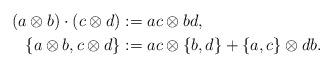
LaTeX: \begin{align*}(a\otimes b)\cdot(c\otimes d)&:=ac\otimes bd,\\\{a\otimes b, c\otimes d\}&:=ac\otimes \{b, d\}+\{a, c\}\otimes db.\end{align*}